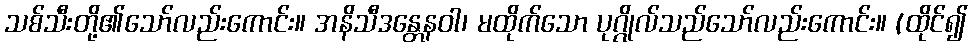
သစ်သီးတို့၏သော်လည်းကောင်း။ အနိသီဒန္တေနဝါ၊ မထိုက်သော ပုဂ္ဂိုလ်သည်သော်လည်းကောင်း။ (ထိုင်၍